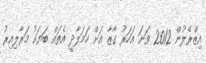
އިޒްރޭލުން 2012 ވަނަ އަހަރު ގާޒާ އަށް ހަމަލާދީ އެތައް ބަޔަކު މަރާލިއިރު